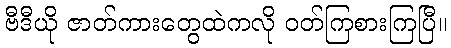
ဗီဒီယို ဇာတ်ကားတွေထဲကလို ဝတ်ကြစားကြပြီ။